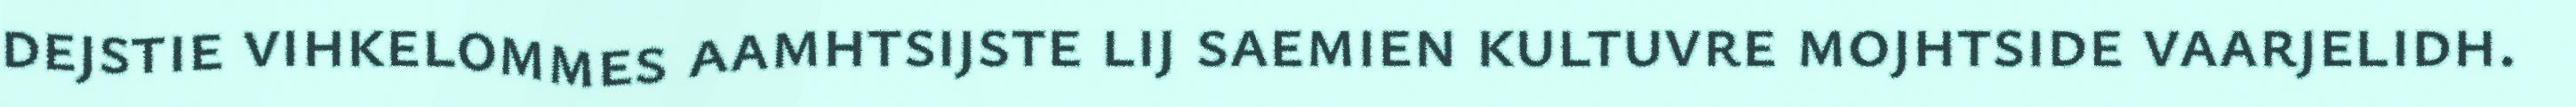
dejstie vihkelommes aamhtsijste lij saemien kultuvre mojhtside vaarjelidh.